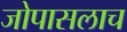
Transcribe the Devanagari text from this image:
जोपासलाच